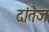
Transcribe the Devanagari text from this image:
दांतेज